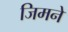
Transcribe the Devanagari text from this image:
जिमने